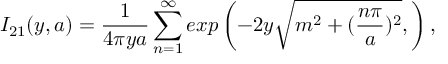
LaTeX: I _ { 2 1 } ( y , a ) = \frac { 1 } { 4 \pi y a } \sum _ { n = 1 } ^ { \infty } e x p \left( - 2 y \sqrt { m ^ { 2 } + ( \frac { n \pi } { a } ) ^ { 2 } } , \right) ,